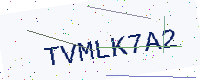
Text: TVMLK7A2